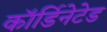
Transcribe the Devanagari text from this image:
कॉर्डिनेटेड